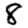
Digit: 8